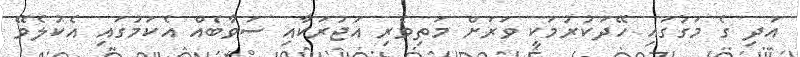
އަދި ގެ މަގުގައި ހޭދަކުރުމަކީ ވަރަށް މަތިވެރި އަޖުރަކާއި ސަވާބެއް އެކަމުގައި އެކުލެވޭ